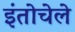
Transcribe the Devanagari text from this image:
इंतोचेले